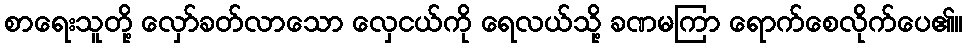
စာရေးသူတို့ လှော်ခတ်လာသော လှေငယ်ကို ရေလယ်သို့ ခဏမကြာ ရောက်စေလိုက်ပေ၏။